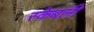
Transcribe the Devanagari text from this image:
स्केबली